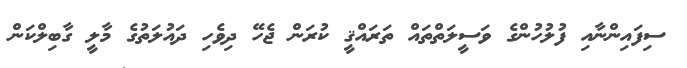
ސިފައިންނާއި ފުލުހުންގެ ވަސީލަތްތައް ތަރައްޤީ ކުރަން ޖެހޭ ދިވެހި ދައުލަތުގެ މާލީ ގާބިލްކަން